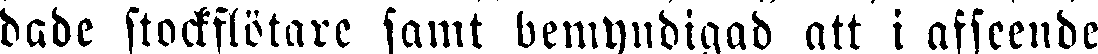
dade stockflötare samt bemyndigad att i afseende